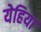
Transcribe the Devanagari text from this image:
येहिया